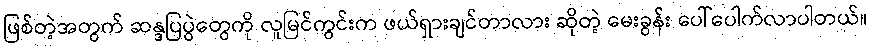
ဖြစ်တဲ့အတွက် ဆန္ဒပြပွဲတွေကို လူမြင်ကွင်းက ဖယ်ရှားချင်တာလား ဆိုတဲ့ မေးခွန်း ပေါ်ပေါက်လာပါတယ်။